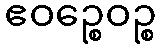
ဧဝဉ္စေဝဉ္စ